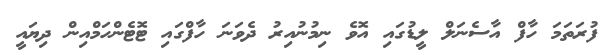
ފުރަތަމަ ހާފް އާސެނަލް ލީޑުގައި އޮވެ ނިމުނުއިރު ދެވަނަ ހާފްގައި ޓޮޓެންހަމްއިން ދިޔައީ